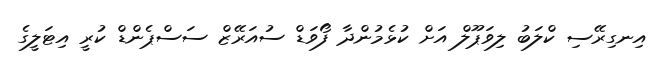
އިނގިރޭސި ކްލަބު ލިވަޕޫލް އަށް ކުޅެމުންދާ ފޯވަޑް ސުއަރޭޒް ސަސްޕެންޑް ކުރީ އިޓަލީގެ